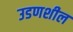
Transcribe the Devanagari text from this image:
उडणशील